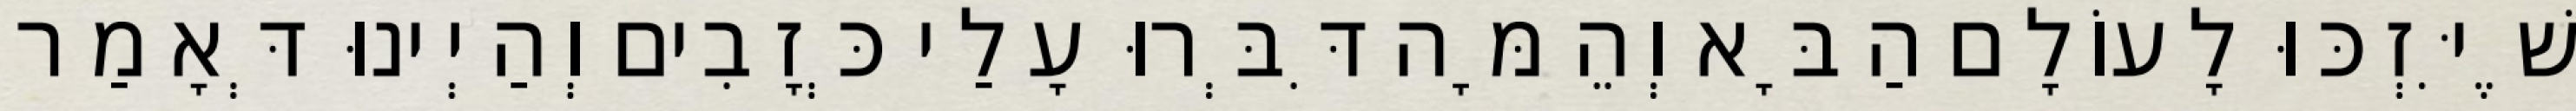
שֶׁיִּזְכּוּ לָעוֹלָם הַבָּא וְהֵמָּה דִּבְּרוּ עָלַי כְּזָבִים וְהַיְינוּ דְּאָמַר